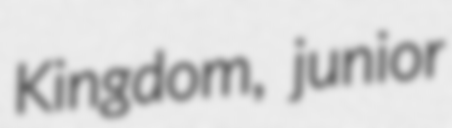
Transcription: Kingdom, junior